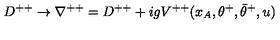
D ^ { + + } \rightarrow \nabla ^ { + + } = D ^ { + + } + i g V ^ { + + } ( x _ { A } , \theta ^ { + } , \bar { \theta } ^ { + } , u )